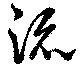
流